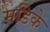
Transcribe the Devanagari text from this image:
मडिके